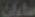
ساران